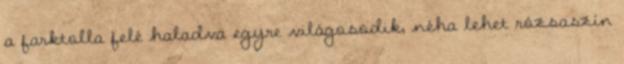
a farktolla felé haladva egyre világosodik, néha lehet rózsaszín